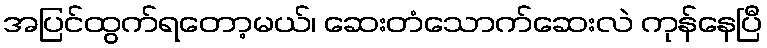
အပြင်ထွက်ရတော့မယ်၊ ဆေးတံသောက်ဆေးလဲ ကုန်နေပြီ